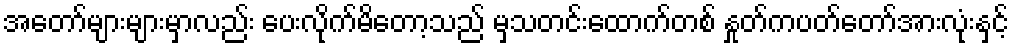
အတော်များများမှာလည်း ပေးလိုက်မိတော့သည် မှသတင်းထောက်တစ် နှုတ်ကပတ်တော်အားလုံးနှင့်